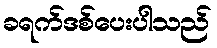
ခရက်ဒစ်ပေးပါသည်